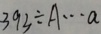
3 9 3 \div A \cdots a